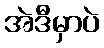
အဲဒီမှာပဲ